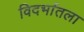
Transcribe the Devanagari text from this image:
विदर्भातला